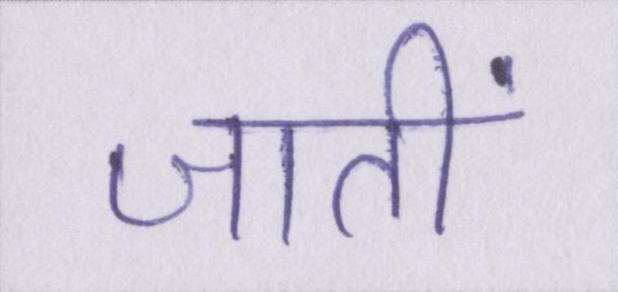
जातीं